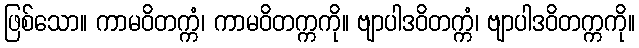
ဖြစ်သော။ ကာမဝိတက္ကံ၊ ကာမဝိတက္ကကို။ ဗျာပါဒဝိတက္ကံ၊ ဗျာပါဒဝိတက္ကကို။